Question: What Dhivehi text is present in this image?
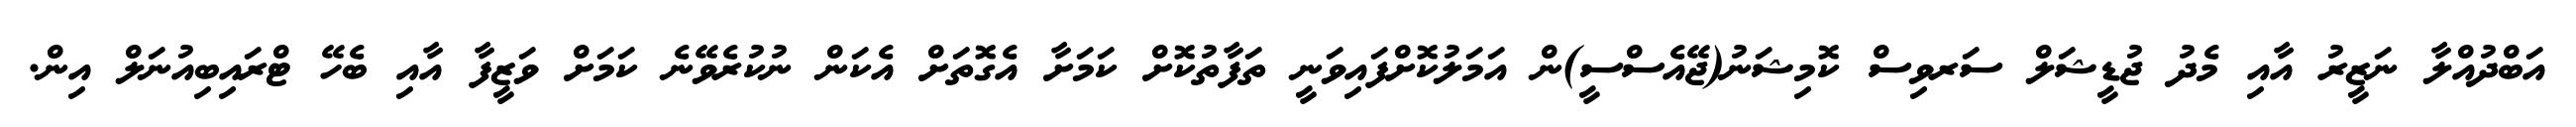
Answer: އަބްދުއްލާ ނަޒީރު އާއި މެދު ޖުޑީޝަލް ސަރވިސް ކޮމިޝަނު(ޖޭއެސްސީ)ން އަމަލުކޮށްފައިވަނީ ތަފާތުކޮށް ކަމަށާ އެގޮތަށް އެކަން ނުކުރެވޭނެ ކަމަށް ވަޒީފާ އާއި ބެހޭ ޓްރައިބިއުނަލް އިން.